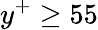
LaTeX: y^{+}\geq 55